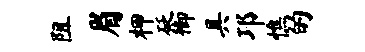
阻眉柙砭御具邛憔的